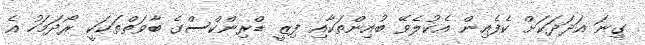
ގިނަ އަދަދަކަށް ކެފެއިން އެކުލެވޭ ބުއިންތަކާއި ފިޒީ ޑްރިންކްސްގެ ބާވަތްތަކަކީ ރޯދަމަހު އެ